Vaccination report Assam 1896-1927 - 1896-1927
Year: 1896
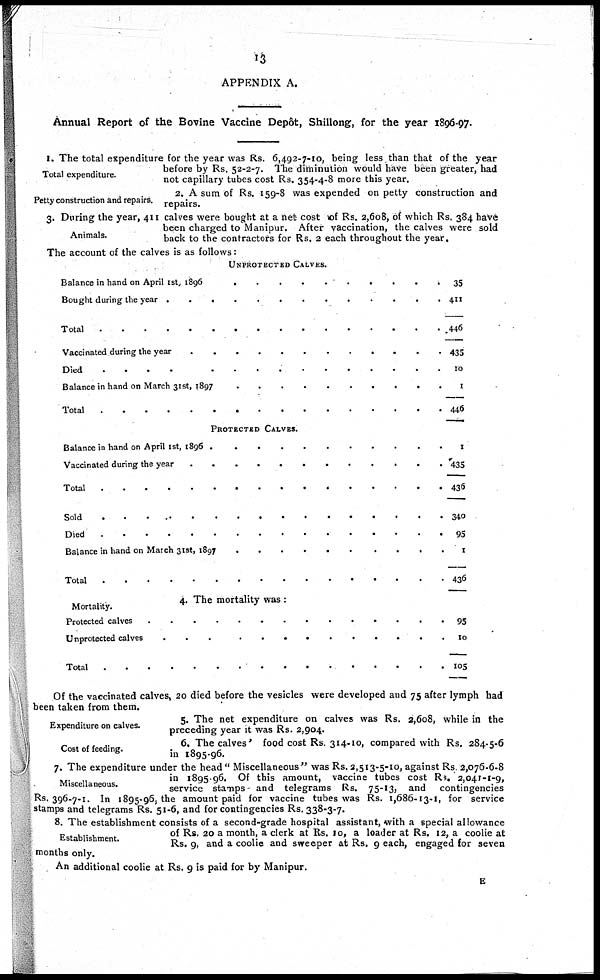
13
APPENDIX A.
Annual Report of the Bovine Vaccine Depôt, Shillong, for the year 1896-97.
Total expenditure.
1. The total expenditure for the year was Rs. 6,492-7-10, being less than that of the year
before by Rs. 52-2-7. The diminution would have been greater, had
not capillary tubes cost Rs. 354-4-8 more this year.
Petty construction and repairs.
2. A sum of Rs. 159-8 was expended on petty construction and
repairs.
Animals.
3. During the year, 411 calves were bought at a net- cost of Rs. 2,608, of which Rs. 384 have
been charged to Manipur. After vaccination, the calves were sold
back to the contractors for Rs. 2 each throughout the year.
The account of the calves is as follows:
UNPROTECTED CALVES.
Balance in hand on April 1st,1896 ....................
Bought during the year ........................
Total .................................
Vaccinated during the year ..........................
Died ...................................
Balance in hand on March 31st 1897 ..............
Total ........................
PROTECTED CALVES.
Balance in hand on April 1st, 1896 ...................
Vaccinated during the year .....................
Total ..........................
Sold ..........................
Died ..................................
Balance in hand on March 31st, 1897 .............
Total ...................................
4. The mortality was :
Mortality.
Protected calves .........................
Unprotected calves ........................
Total ..............................
35
411
446
435
10
1
446
1
435
436
340
95
1
436
95
10
105
Of the vaccinated calves, 20 died before the vesicles were developed and 75 after lymph had
been taken from them.
Expenditure on calves.Of this amount, vaccine tubes cost
5. The net expenditure on calves was Rs. 2,608, while in the
preceding year it was Rs. 2,904.
Cost of feeding.
6. The calves' food cost Rs. 314-10, compared with Rs. 284-5-6
in 1895-96.
Miscellaneous.
7. The expenditure under the head" Miscellaneous" was Rs. 2,513-5-10, against Rs. 2,076-6-8
in 1895-96. Of this amount, vaccine tubes cost Rs. 2,041-1-9,
service stamps and telegrams Rs. 75-13, and
contingencies
Rs. 396-7-1. In 1895-96, the amount paid for vaccine tubes was Rs. 1,686-13-1, for service
stamps and telegrams Rs. 51-6, and for contingencies Rs. 338-3-7.
Establishment.
8. The establishment consists of a second-grade hospital assistant, with a special allowance
of Rs. 20 a month, a clerk at Rs. 10, a loader at Rs. 12, a coolie at
Rs. 9, and a coolie and sweeper at Rs. 9 each, engaged for seven
months only.
An additional coolie at Rs. 9 is paid for by Manipur.
E